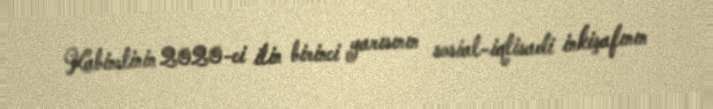
Kabinetinin 2020-ci ilin birinci yarısının sosial-iqtisadi inkişafının